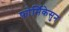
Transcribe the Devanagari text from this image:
फ़ोर्मिकेसुन